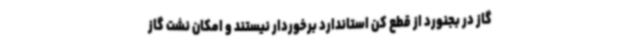
گاز در بجنورد از قطع کن استاندارد برخوردار نیستند و امکان نشت گاز